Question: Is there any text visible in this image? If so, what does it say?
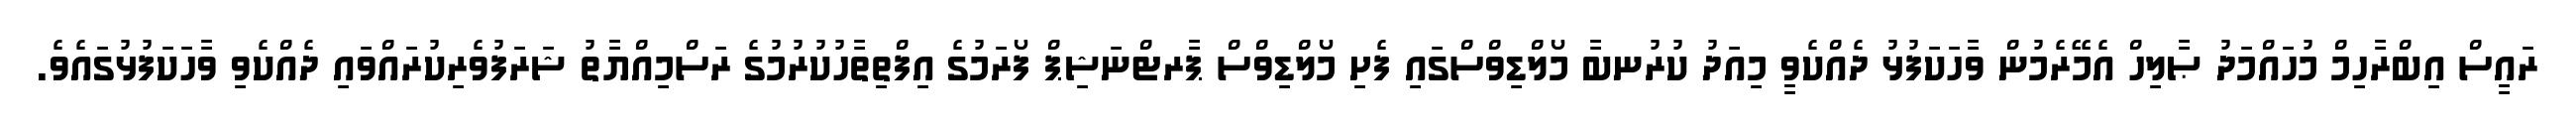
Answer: ރައީސް އިބްރާހިމް މުހައްމަދު ޞާލިހް އެމޭރެމުން ވާހަކަފުޅު ދެއްކެވީ މިއަދު ކުރުނބާ މޯލްޑިވްސްގައި ފެށި މޯލްޑިވްސް ޕާރޓްނަޝިޕް ފޯރަމުގެ އިފްތިތާހުކުރުމުގެ ރަސްމިއްޔާތު ޝަރަފުވެރިކުރައްވައި ދެއްކެވި ވާހަކަފުޅުގައެވެ.